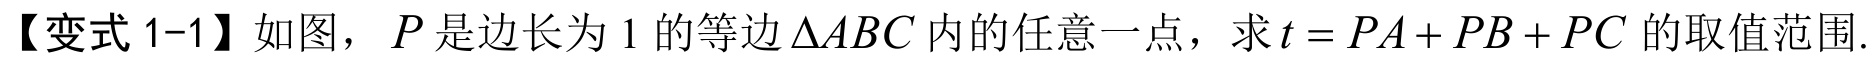
【变式 1-1】如图，\(P\)是边长为 \(1\) 的等边\(\triangle ABC\)内的任意一点，求\(t = PA + PB + PC\) 的取值范围.